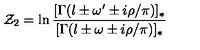
{ \cal Z } _ { 2 } = \ln \frac { [ \Gamma ( l \pm \omega ^ { \prime } \pm i \rho / \pi ) ] _ { * } } { [ \Gamma ( l \pm \omega \pm i \rho / \pi ) ] _ { * } }